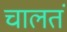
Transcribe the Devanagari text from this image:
चालतं